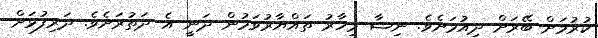
ކުރުމަށް ބޭރަށް ދިއުމަށެވެ. ނިޝާ މިހާރު ތައްޔާރުވަމުން ދަނީ އެ ދަތުރަށެވެ. ދަރިފުޅަށް